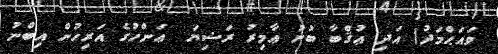
ވައަޙްމަދު) އަދި ޢުޤްބާ ބުނު ޢާމިރު ރަޟިޔަ  ޢަންހުގެ އަރިހުން އިބްނު